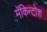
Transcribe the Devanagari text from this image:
मॅकिन्टोश